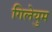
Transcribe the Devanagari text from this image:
गिलेयुम